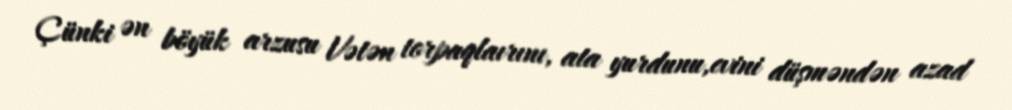
Çünki ən böyük arzusu Vətən torpaqlaırını, ata yurdunu,evini düşməndən azad